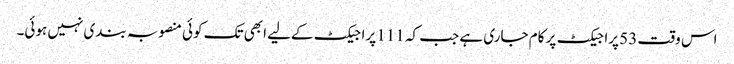
اس وقت 53 پراجیکٹ پر کام جاری ہے جب کہ 111 پراجیکٹ کےلیے ابھی تک کوئی منصوبہ بندی نہیں ہوئی۔